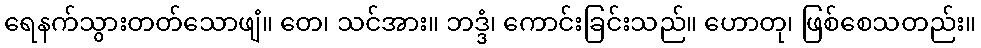
ရေနက်သွားတတ်သောဖျံ။ တေ၊ သင်အား။ ဘဒ္ဒံ၊ ကောင်းခြင်းသည်။ ဟောတု၊ ဖြစ်စေသတည်း။